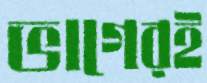
ভাগেরই